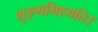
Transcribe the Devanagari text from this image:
शुङ्गमिश्यति।